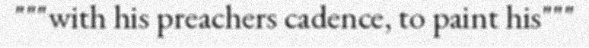
"""with his preachers cadence, to paint his"""